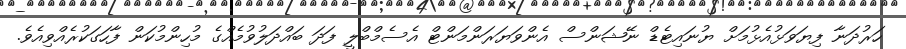
ހަރުދަނާ ފިޔަވަޅުއެޅުމަށް ޔުނައިޓެޑް ނޭޝަންސް އެންވަޔަރަންމަންޓް އެސެމްބްލީ ފަދަ ބައްދަލުވުމެއްގެ މުހިންމުކަން ފާހަގަކުރެއްވިއެވެ.